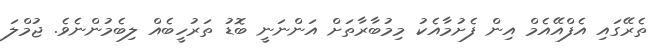
ތެރޭގައި އެފްއޭއެމް އިން ފެށުމާއެކު މިމުބާރާތަށް އަންނަނީ ބޮޑު ތަރުހީބެއް ލިބެމުންނެވެ. ޖުމްލަ